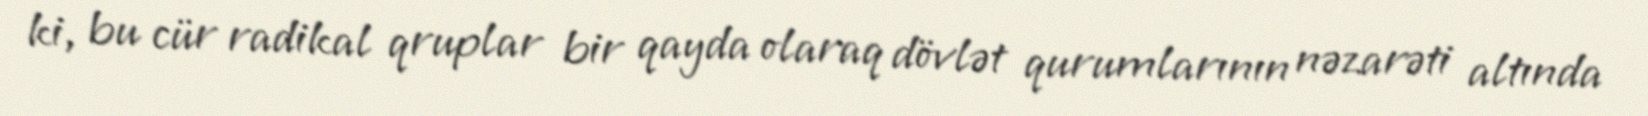
ki, bu cür radikal qruplar bir qayda olaraq dövlət qurumlarının nəzarəti altında